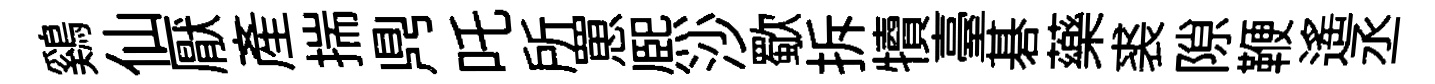
鷄仙厭産揣𪔂吒所罳熈沙歜拆犢臺碁藥裘隙鞭遥丞